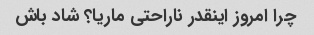
چرا امروز اینقدر ناراحتی ماریا؟ شاد باش